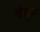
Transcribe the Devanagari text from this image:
वेद्न